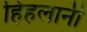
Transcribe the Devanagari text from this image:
हिहलानी